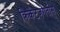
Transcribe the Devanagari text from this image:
क्रिकेटजगतास